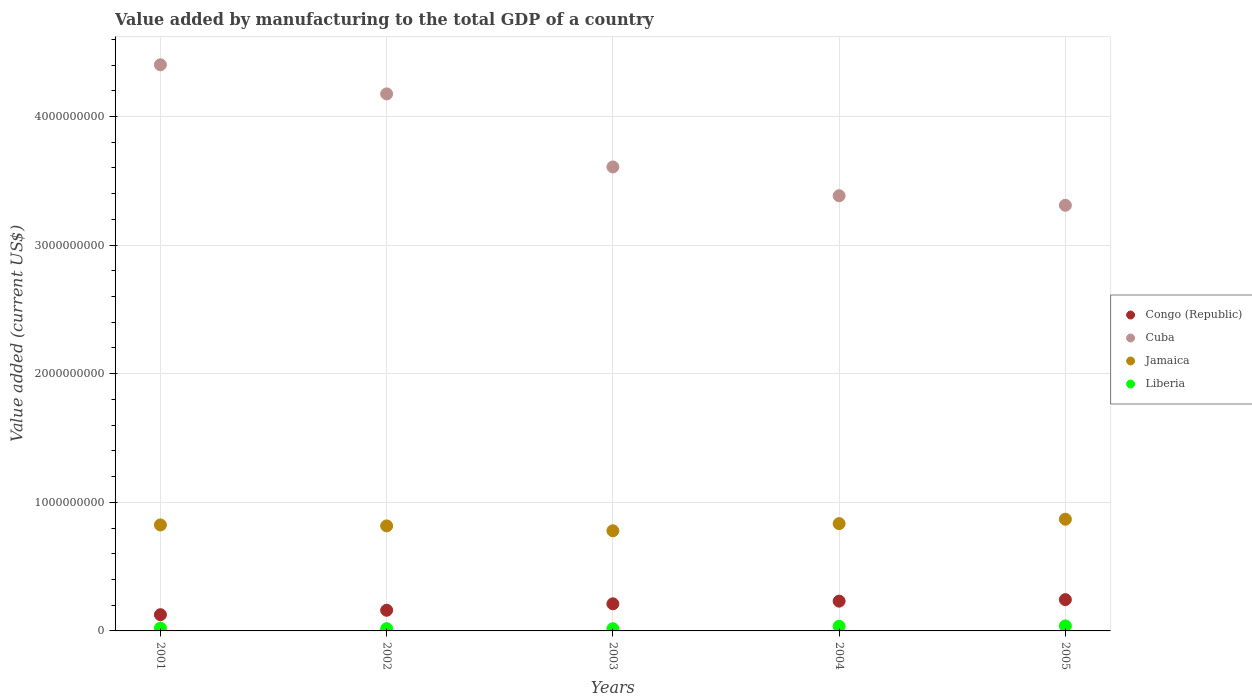
| Years | Congo (Republic) | Cuba | Jamaica | Liberia |
 | --- | --- | --- | --- | --- |
 | 2001 | 1.26e+08 | 4.4e+09 | 8.24e+08 | 2.15e+07 |
 | 2002 | 1.61e+08 | 4.18e+09 | 8.16e+08 | 1.74e+07 |
 | 2003 | 2.11e+08 | 3.61e+09 | 7.79e+08 | 1.69e+07 |
 | 2004 | 2.32e+08 | 3.38e+09 | 8.34e+08 | 3.61e+07 |
 | 2005 | 2.43e+08 | 3.31e+09 | 8.69e+08 | 3.92e+07 |